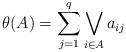
LaTeX: \begin{align*} \theta(A)=\sum_{j=1}^q\bigvee_{i \in A}a_{ij}\end{align*}